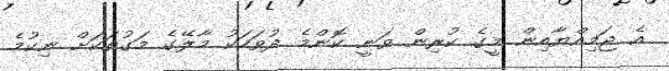
އެ ޖަމިއްޔާއިން މީގެ ކުރިން ވަނީ ކޮންމެ ދުވަހަކު މާލޭގެ މަގުތަކަށް ނިކުމެ